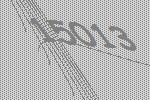
15013